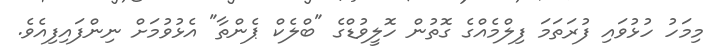
މިމަހު ހުޅުވައި ފުރަތަމަ ފިލްމެއްގެ ގޮތުން ހޮލީވުޑްގެ "ބްލެކް ޕެންތާ" އެޅުވުމަށް ނިންފައިފިއެވެ.